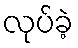
လုပ်ခဲ့